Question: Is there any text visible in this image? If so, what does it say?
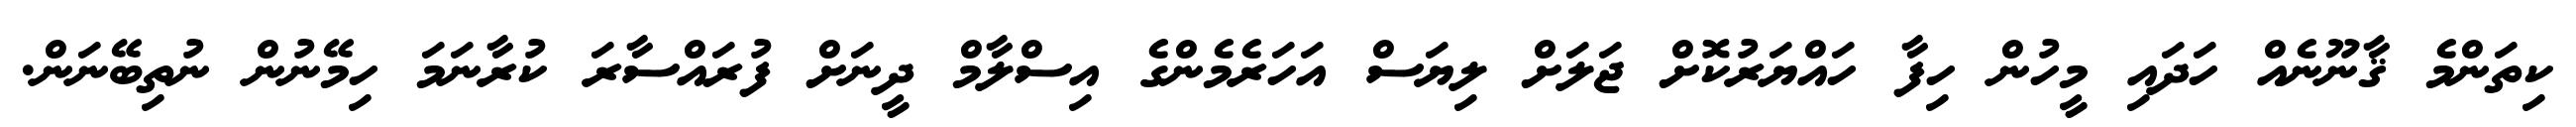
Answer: ކިތަންމެ ޤާނޫނެއް ހަދައި މީހުން ހިފާ ހައްޔަރުކޮށް ޖަލަށް ލިޔަސް އަހަރެމެންގެ އިސްލާމް ދީނަށް ފުރައްސާރަ ކުރާނަމަ ހިމޭނުން ނުތިބޭނަން.